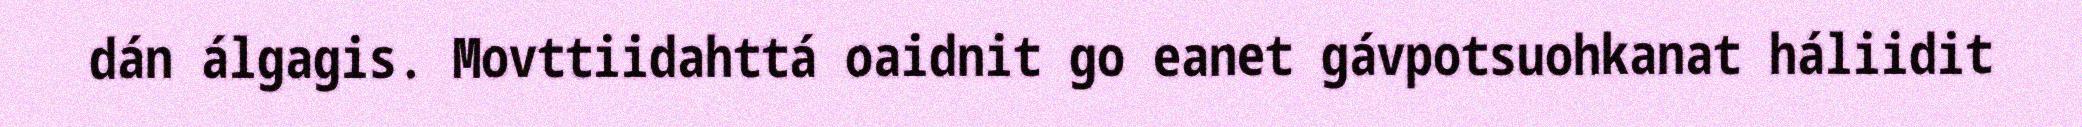
dán álgagis. Movttiidahttá oaidnit go eanet gávpotsuohkanat háliidit